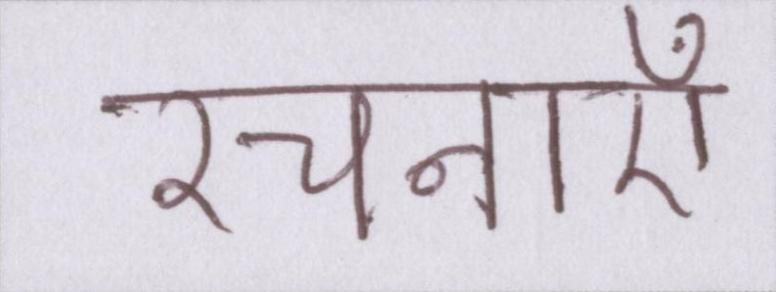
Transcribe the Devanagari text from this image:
रचनाएँ